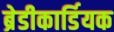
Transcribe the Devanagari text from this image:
ब्रेडीकार्डियक